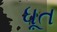
ધૂત